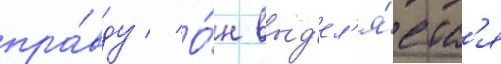
пра́вду // О́н выд'ел'я́етс'я